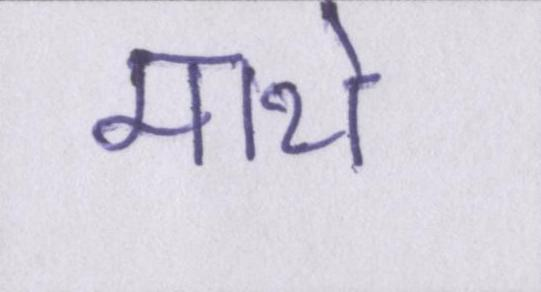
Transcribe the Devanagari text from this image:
माथे